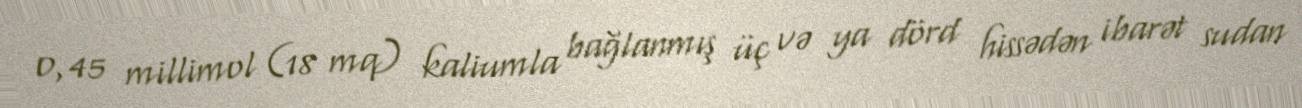
0,45 millimol (18 mq) kaliumla bağlanmış üç və ya dörd hissədən ibarət sudan